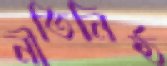
নীতিনিষ্ঠ